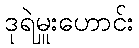
ဒုရဲမှူးဟောင်း